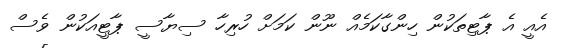
އެއީ އެ ޕާޓިތަކުން ހިންގާކަމެއް ނޫން ކަމަށް ހުރިހާ ސިޔާސީ ޕާޓީއަކުން ވެސް